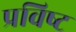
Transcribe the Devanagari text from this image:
प्रविष्‍ट